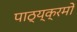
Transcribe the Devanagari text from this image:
पाठ्य्क्रमों